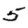
Digit: 5